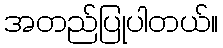
အတည်ပြုပါတယ်။